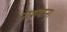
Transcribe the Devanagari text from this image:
नाशवान्।